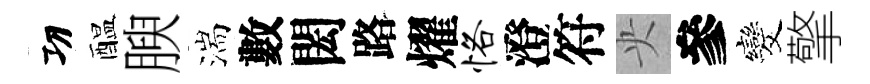
㓛醖腴湍數閎路燿恪澄符央參发擎